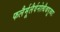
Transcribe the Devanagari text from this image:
फलैर्मूलैर्वनोत्थैश्चपूज्याः